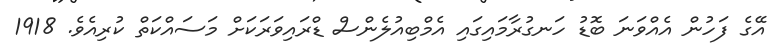
އޭގެ ފަހުން އެއްވަނަ ބޮޑު ހަނގުރާމައިގައި އެމްބިއުލެންސް ޑްރައިވަރަކަށް މަސައްކަތް ކުރިއެވެ. 1918